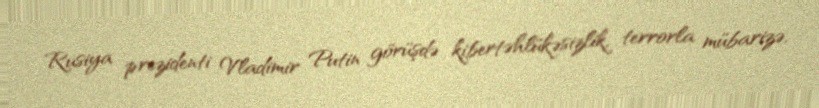
Rusiya prezidenti Vladimir Putin görüşdə kibertəhlükəsizlik, terrorla mübarizə,